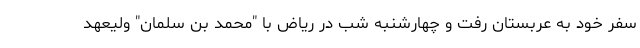
سفر خود به عربستان رفت و چهارشنبه شب در ریاض با "محمد بن سلمان" ولیعهد